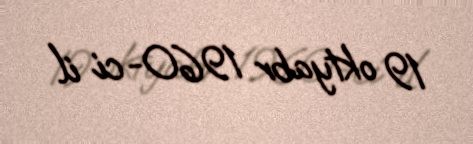
19 oktyabr 1960-ci il